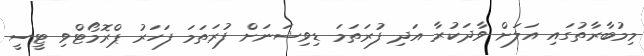
މިމުބާރާތުގައި އަލަށް ވާދަކުރާ އަދި ފުރަތަމަ ޑިވިޝަނަށް ފުރަތަމަ ފަހަރު ޕްރޮމޯޓްވި ޓީސީ